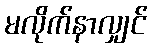
မလိုက်နာလျှင်